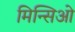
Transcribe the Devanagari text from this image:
मिन्सिओ